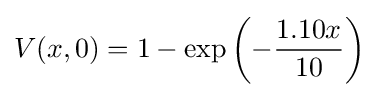
V(x,0)=1-\exp \left(-{\frac {1.10x}{10}}\right)